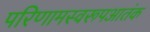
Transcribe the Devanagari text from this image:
परिणामस्वरूपआतंक